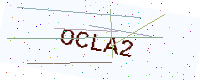
Text: OCLA2